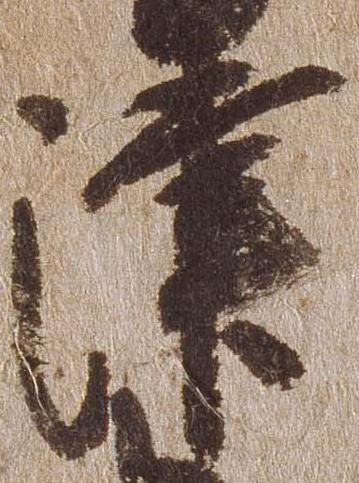
津